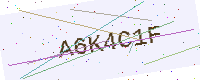
Text: A6K4C1F